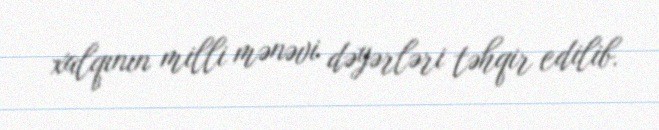
xalqının milli mənəvi dəyərləri təhqir edilib.